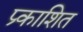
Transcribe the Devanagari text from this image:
प्र्काशित